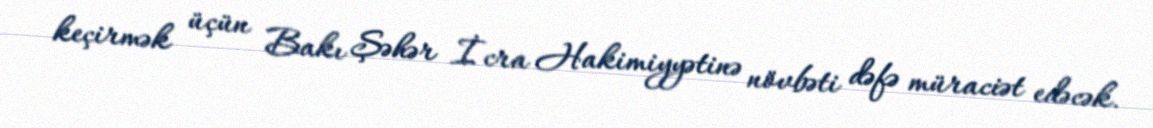
keçirmək üçün Bakı Şəhər İcra Hakimiyyətinə növbəti dəfə müraciət edəcək.